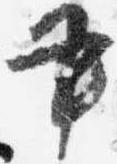
書